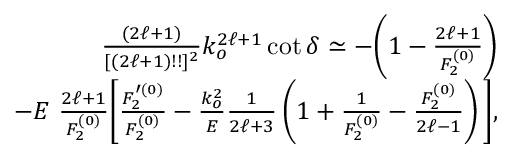
\begin{array} { r l r } & { } & { \frac { ( 2 \ell + 1 ) } { [ ( 2 \ell + 1 ) ! ! ] ^ { 2 } } k _ { o } ^ { 2 \ell + 1 } \cot \delta \simeq - \bigg ( 1 - \frac { 2 \ell + 1 } { F _ { 2 } ^ { ( 0 ) } } \bigg ) } \\ & { } & { - E \, \, \frac { 2 \ell + 1 } { F _ { 2 } ^ { ( 0 ) } } \bigg [ \frac { F _ { 2 } ^ { \prime ( 0 ) } } { F _ { 2 } ^ { ( 0 ) } } - \frac { k _ { o } ^ { 2 } } { E } \frac { 1 } { 2 \ell + 3 } \left( 1 + \frac { 1 } { F _ { 2 } ^ { ( 0 ) } } - \frac { F _ { 2 } ^ { ( 0 ) } } { 2 \ell - 1 } \right) \bigg ] , } \end{array}